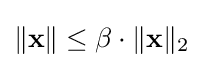
\|\mathbf {x} \|\leq \beta \cdot \|\mathbf {x} \|_{2}